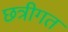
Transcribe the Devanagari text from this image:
छत्रीगत